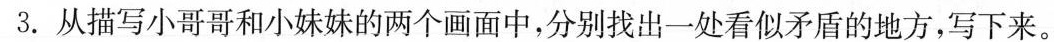
3.从描写小哥哥和小妹妹的两个画面中，分别找出一处看似矛盾的地方，写下来。